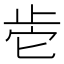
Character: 𰙡